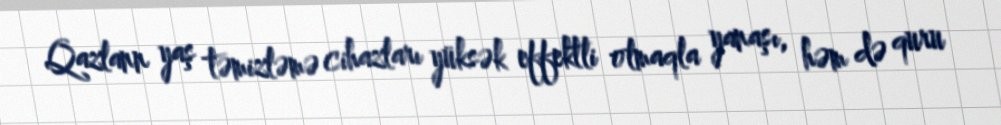
Qazlann yaş təmizləmə cihazları yüksək effektli olmaqla yanaşı, həm də quru